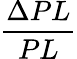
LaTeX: \frac{\Delta PL}{PL}